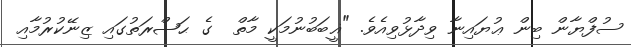
ސުފްޔާން ބިން ޢުޔައިނާ ވިދާޅުވިއެވެ. "ޣީބަބުނުމަކީ މާތް  ގެ ޙަޟްރަތުގައި ޒިނޭކުރުމާއި